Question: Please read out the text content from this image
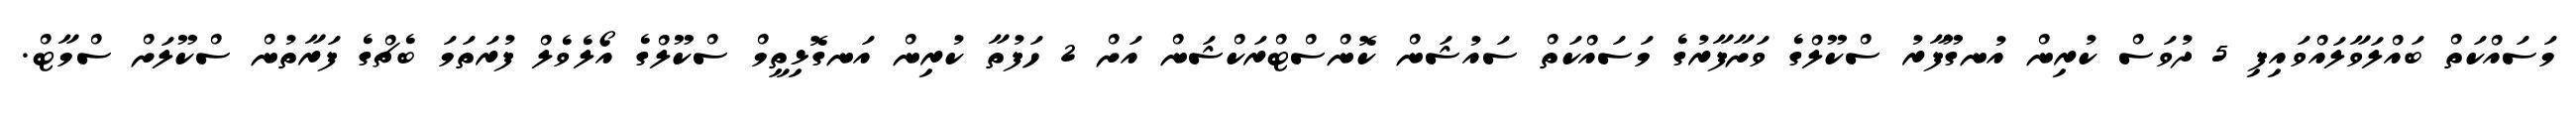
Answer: މަސައްކަތް ބައްލަވާލައްވައިފި 5 ދުވަސް ކުރިން އުނގޫފާރު ސްކޫލްގެ ވަށާފާރުގެ މަސައްކަތް ސައުޝަން ކޮންސްޓްރަކްޝަން އަށް 2 ހަފުތާ ކުރިން އަނގޮޅިތީމް ސްކޫލްގެ އޯލެވެލް ފުރަތަމަ ބެޗްގެ ފަރާތުން ސްކޫލަށް ސްމާޓް.